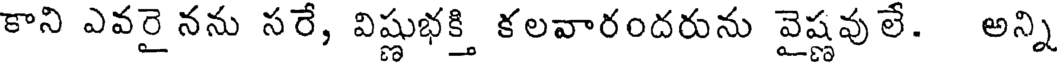
కాని ఎవరై నను సరే, విష్ణుభక్తి కలవారందరును వైష్ణవు లే. అన్ని